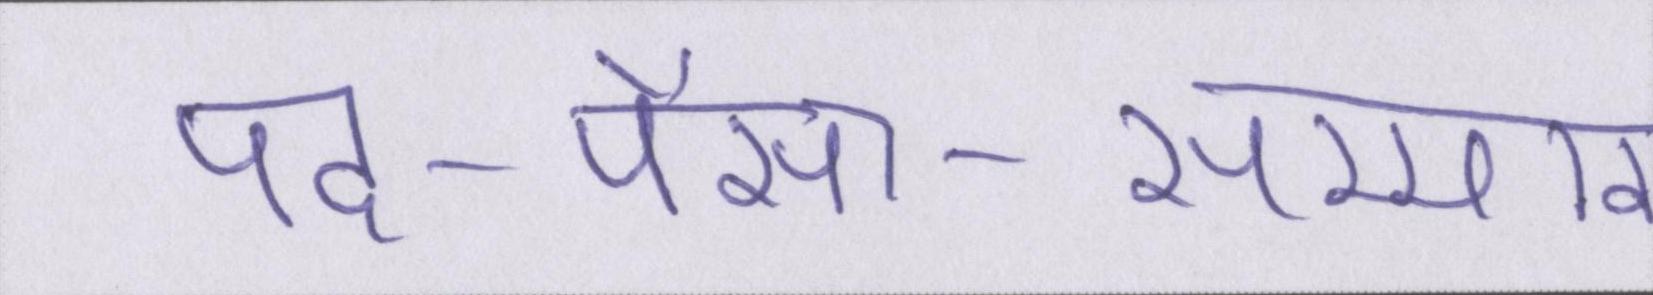
पद-पैसा-सम्मान।